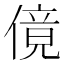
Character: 傹